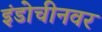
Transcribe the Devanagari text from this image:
इंडोचीनवर